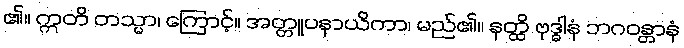
၏။ ဣတိ တသ္မာ၊ ကြောင့်။ အတ္တူပနာယိကာ၊ မည်၏။ နတ္ထိ ဗုဒ္ဓါနံ ဘဂဝန္တာနံ